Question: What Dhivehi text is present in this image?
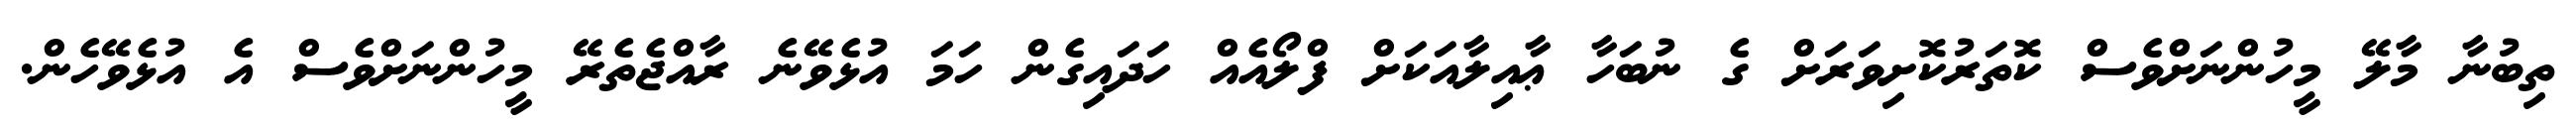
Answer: ތިބުނާ މާލޭ މީހުންނަށްވެސް ކޮތަރުކޮށިވަރަށް ގެ ނުބަހާ ޢާއިލާއަކަށް ފްލޯއެއް ހަދައިގެން ހަމަ އުޅެވޭނެ ރާއްޖެތެރޭ މީހުންނަށްވެސް އެ އުޅެވޭހެން.